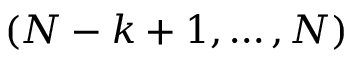
( N - k + 1 , \ldots , N )